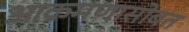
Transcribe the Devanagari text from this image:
आक्रमणासोबत